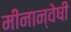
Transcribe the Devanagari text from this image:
मीनान्वेषी